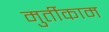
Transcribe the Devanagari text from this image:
मुर्तीकाम